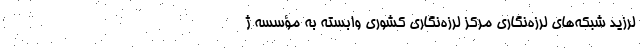
لرزید شبکه‌های لرزه‌نگاری مرکز لرزه‌نگاری کشوری وابسته به مؤسسه ژ